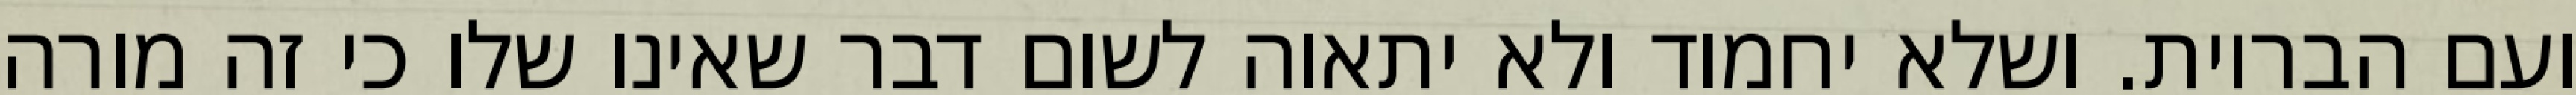
ועם הבריות. ושלא יחמוד ולא יתאוה לשום דבר שאינו שלו כי זה מורה